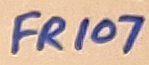
Text: FR107